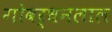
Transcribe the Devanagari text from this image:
गोवर्धनलाल